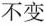
不变